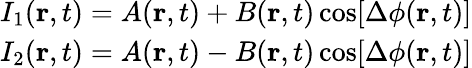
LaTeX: \begin{array}{r}{I_{1}(\mathbf{r},t)=A(\mathbf{r},t)+B(\mathbf{r},t)\cos[\Delta\phi(\mathbf{r},t)]}\\ {I_{2}(\mathbf{r},t)=A(\mathbf{r},t)-B(\mathbf{r},t)\cos[\Delta\phi(\mathbf{r},t)]}\end{array}